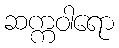
ဆက္ကဝါရော